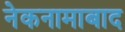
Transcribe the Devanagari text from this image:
नेकनामाबाद